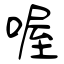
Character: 喔